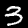
Label: 3